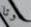
موتا